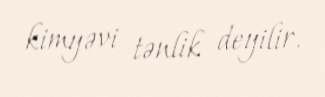
kimyəvi tənlik deyilir.